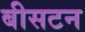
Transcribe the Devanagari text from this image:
बीसटन